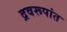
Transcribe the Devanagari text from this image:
द्रवरूपांत